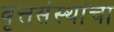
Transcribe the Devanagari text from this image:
वृत्तसंस्थांचा